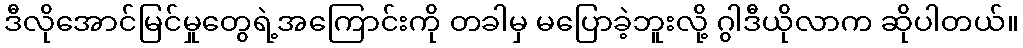
ဒီလိုအောင်မြင်မှုတွေရဲ့အကြောင်းကို တခါမှ မပြောခဲ့ဘူးလို့ ဂွါဒီယိုလာက ဆိုပါတယ်။